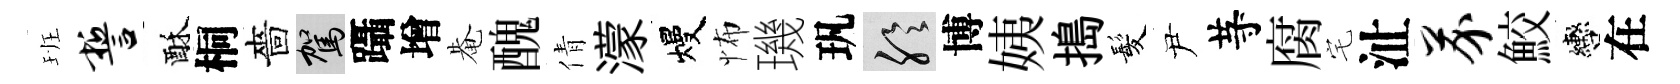
班誓酥桐嗇駕躡增𤲅醜倩濛熳怖璣㺬聆博姨搗髪尹䒭腐宅沚芥鮫轡在